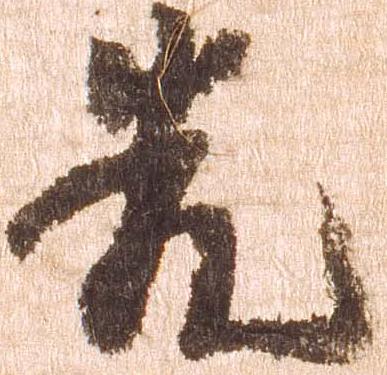
先